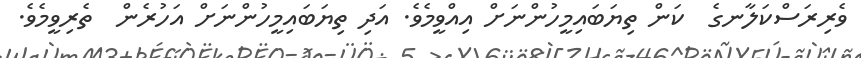
ވެރިރަސްކަލާނގެ  ކަން ތިޔަބައިމީހުންނަށް އިއްވީމެވެ. އަދި ތިޔަަބައިމީހުންނަށް އަހުރެން  ތެރިވީމެވެ.